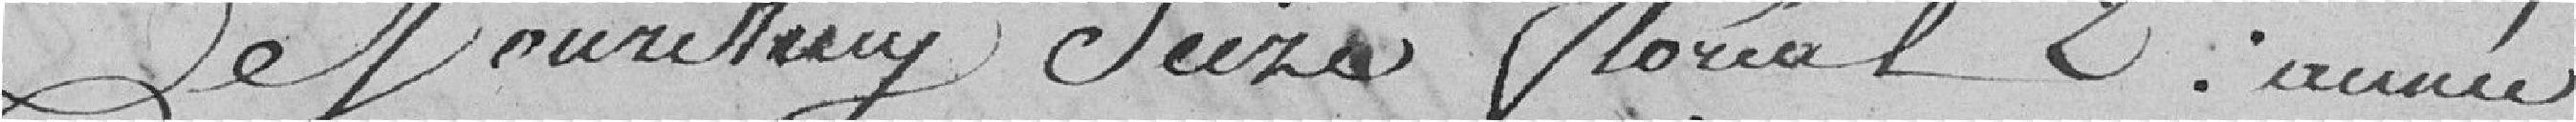
Aujourd'hui seize floréal 2ème année